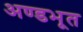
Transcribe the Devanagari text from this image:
अण्डभूत